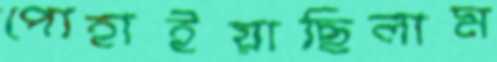
পোহাইয়াছিলাম